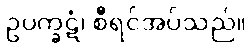
ဥပက္ခဋံ၊ စီရင်အပ်သည်။